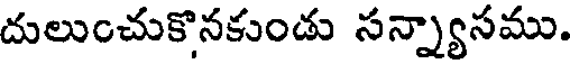
దులుంచుకొనకుండు సన్న్యాసము.